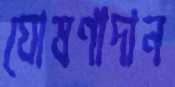
ঘোষণাদান